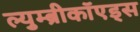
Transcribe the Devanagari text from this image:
ल्युम्ब्रीकॉएड्स